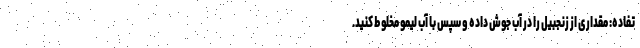
تفاده: مقداری از زنجبیل را در آب جوش داده و سپس با آب لیمو مخلوط کنید.